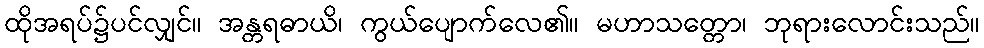
ထိုအရပ်၌ပင်လျှင်။ အန္တရဓာယိ၊ ကွယ်ပျောက်လေ၏။ မဟာသတ္တော၊ ဘုရားလောင်းသည်။